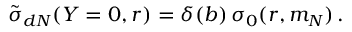
\tilde { \sigma } _ { d N } ( Y = 0 , r ) = \delta ( b ) \, \sigma _ { 0 } ( r , m _ { N } ) \, .